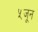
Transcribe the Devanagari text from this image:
५जून